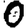
Digit: 0